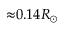
{ \approx } 0 . 1 4 R _ { \odot }